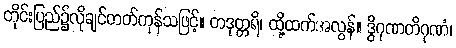
တိုင်းပြည်၌လိုချင်တတ်ကုန်သဖြင့်။ တဒုတ္တရိ၊ ထို့ထက်အလွန်။ ဒွိဂုဏတိဂုဏံ၊